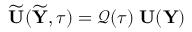
\widetilde { { \mathbf U } } ( \widetilde { { \mathbf Y } } , \tau ) = \boldsymbol { \mathcal Q } ( \tau ) \; { \mathbf U } ( { \mathbf Y } )